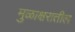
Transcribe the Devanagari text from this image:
मुळाक्षरातील